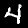
Digit: 4